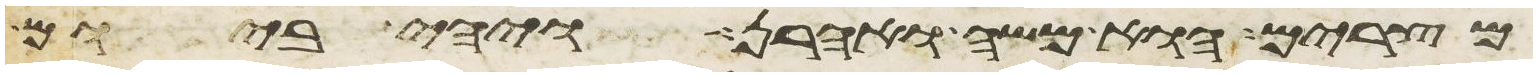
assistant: מצרים הוא משה ואהרן ויהי ביום